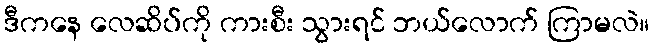
ဒီကနေ လေဆိပ်ကို ကားစီး သွားရင် ဘယ်လောက် ကြာမလဲ။